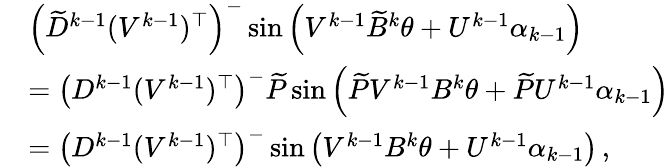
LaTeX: \begin{array}{rl}&{\left(\widetilde{D}^{k-1}(V^{k-1})^{\top}\right)^{-}\sin\left(V^{k-1}\widetilde{B}^{k}\theta+U^{k-1}\alpha_{k-1}\right)}\\ &{=\left(D^{k-1}(V^{k-1})^{\top}\right)^{-}\widetilde{P}\sin\left(\widetilde{P}V^{k-1}B^{k}\theta+\widetilde{P}U^{k-1}\alpha_{k-1}\right)}\\ &{=\left(D^{k-1}(V^{k-1})^{\top}\right)^{-}\sin\left(V^{k-1}B^{k}\theta+U^{k-1}\alpha_{k-1}\right)\, ,}\end{array}